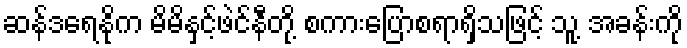
ဆန်ဒရေနိုက မိမိနှင့်ဖဲင်နီတို့ စကားပြောစရာရှိသဖြင့် သူ့ အခန်းကို